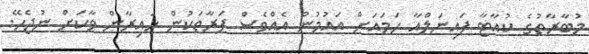
މުބާރާތުގެ ކުއާޓާ ފައިނަލްއާ ހަމައަށް އައުމުން އެއްވެސް ފަރާތަކުން ހައިރާން ވާކަށް ނުޖެހޭ.